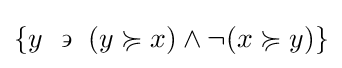
\left\{y~\backepsilon ~(y\succcurlyeq x)\land \lnot (x\succcurlyeq y)\right\}